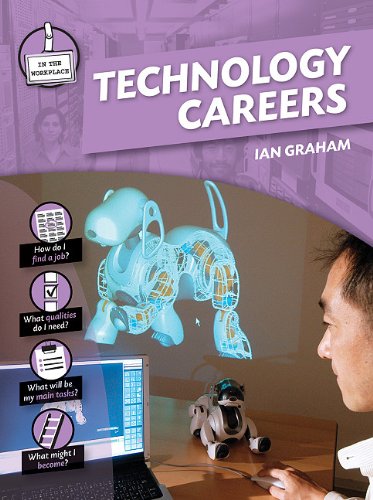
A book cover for Technology Careers (In the Workplace); Ian Graham; Children's Books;